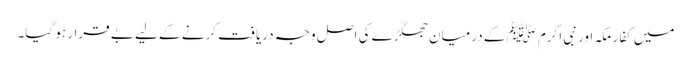
میں کفارِ مکہ اور نبی اکرم ﷺکے درمیان جھگڑے کی اصل وجہ دریافت کرنے کے لیے بے قرار ہو گیا۔